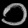
Digit: ၁